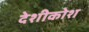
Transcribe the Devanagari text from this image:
देशीकोश